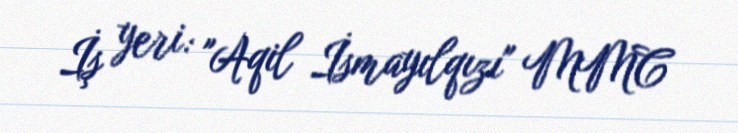
İş yeri: "Aqil İsmayılqızı" MMC